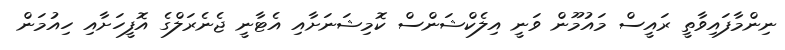
ނިންމާފައިވާތީ ރައީސް މައުމޫން ވަނީ އިލެކްޝަންސް ކޮމިޝަނަށާއި އެޓާނީ ޖެނެރަލްގެ އޮފީހަށާއި ހިއުމަން